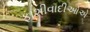
ફાશીવાદીઓએ